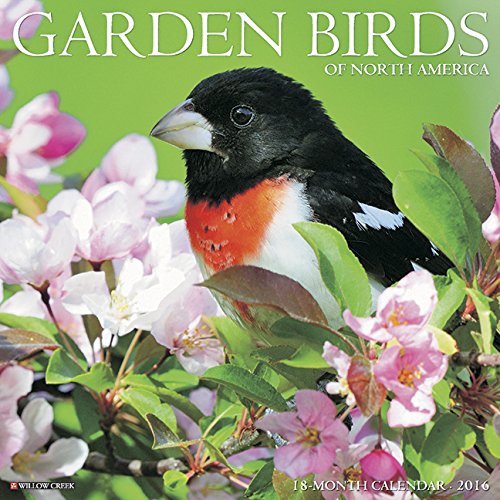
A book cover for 2016 Garden Birds Wall Calendar; Willow Creek Press; Calendars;